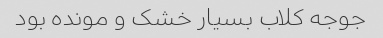
جوجه کلاب بسیار خشک و مونده بود